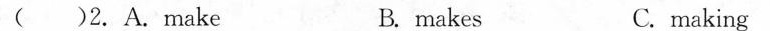
( )2.A.make B.makes C.making